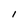
Character: I